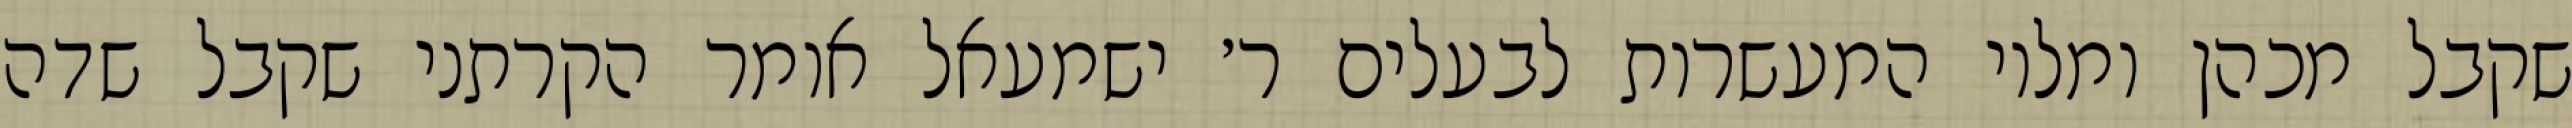
שקבל מכהן ומלוי המעשרות לבעלים ר׳ ישמעאל אומר הקרתני שקבל שדה